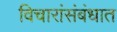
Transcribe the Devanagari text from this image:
विचारांसंबंधात